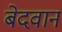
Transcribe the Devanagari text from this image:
बेदवान